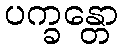
ပက္ခန္တော